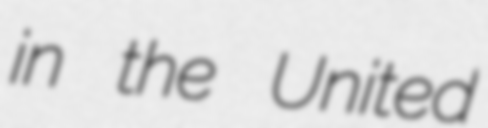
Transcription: in the United